Report of the veterinary officer investigating camel disease
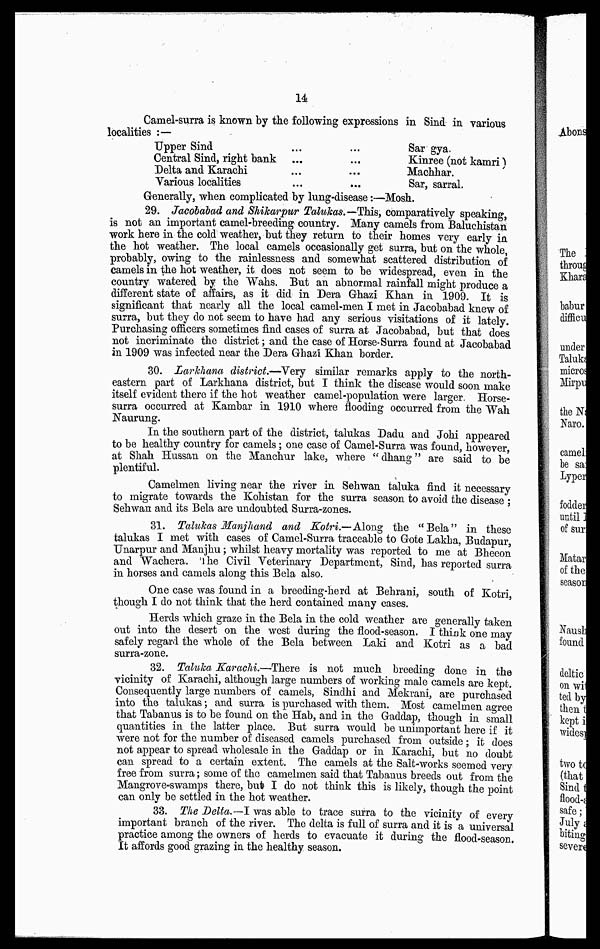
14
Camel-surra is known by the following expressions in Sind in various
localities :—
Upper Sind
Central Sind, right hank
Delta and Karachi
Various localities
...
...
...
...
Sar gya.
Kinree (not kamri)
Machhar.
Sar, sarral.
Generally, when complicated by lung-disease:—Mosh.
29. Jacobabad and Shikarpur Talukas. —This, comparatively speaking,
is not an important camel-breeding country. Many camels from Baluchistan
work here in the cold weather, but they return to their homes very early in
the hot weather. The local camels occasionally get surra, but on the whole,
probably, owing to the rainlessness and somewhat scattered distribution of
camels in the hot weather, it does not seem to be widespread, even in the
country watered by the Wahs. But an abnormal rainfall might produce a
different state of affairs, as it did in Dera Ghazi Khan in 1909. It is
significant that nearly all the local camel-men I met in Jacobahad knew of
surra, but they do not seem to have had any serious visitations of it lately.
Purchasing officers sometimes find cases of surra at Jacobabad, but that does
not incriminate the district; and the case of Horse-Surra found at Jacobabad
in 1909 was infected near the Dera Ghazi Khan border.
30. Larkhana district.—Very similar remarks apply to the north-
eastern part of Larkhana district, but I think the disease would soon make
itself evident there if the hot weather camel-population were larger Horse-
surra occurred at Kambar in 1910 where flooding occurred from the Wah
Naurung.
In the southern part of the district, talukas Dadu and Johi appeared
to be healthy country for camels; one case of Camel-Surra was found, however,
at Shah Hussan on the Manchur lake, where "dhang" are said to be
plentiful.
Camelmen living near the river in Sehwan taluka find it necessary
to migrate towards the Kohistan for the surra season to avoid the disease;
Sehwan and its Bela are undoubted Surra-zones.
31. Taluhas Manjhand and Kotri.—-Along the "Bela" in these
talukas I met with cases of Camel-Surra traceable to Gote Lakha, Budapur,
Unarpur and Manjhu; whilst heavy mortality was reported to me at Bheeon
and Wachera. The Civil Veterinary Department, Sind, has reported surra
in horses and camels along this Bela also.
One case was found in a breeding-herd at Behrani, south of Kotri,
though I do not think that the herd contained many cases.
Herds which graze in the Bela in the cold weather are generally taken
out into the desert on the west during the flood-season. I think one may
safely regard the whole of the Bela between Laki and Kotri as a bad
surra-zone.
32. Taluka Karachi.—There is not much breeding done in the
vicinity of Karachi, although large numbers of working male camels are kept.
Consequently large numbers of camels, Sindhi and Mekrani, are purchased
into the talukas; and surra is purchased with them. Most camelmen agree
that Tabanus is to be found on the Hab, and in the Gaddap, though in small
quantities in the latter place. But surra would be unimportant here if it
were not for the number of diseased camels purchased from outside; it does
not appear to spread wholesale in the Gaddap or in Karachi, but no doubt
can spread to a certain extent. The camels at the Salt-works seemed very
free from surra; some of the camelmen said that Tabanus breeds out from the
Mangrove-swamps there, but I do not think this is likely, though the point
can only be settled in the hot weather.
33. The Delta.—I was able to trace surra to the vicinity of every
important branch of the river. The delta is full of surra and it is a universal
practice among the owners of herds to evacuate it during the flood-season.
It affords good grazing in the healthy season.